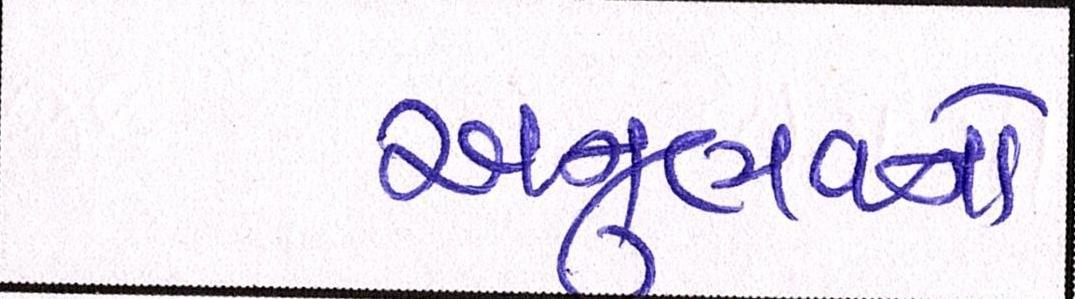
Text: અનુભવનો